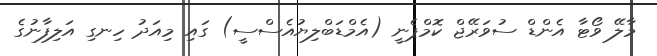
މާލޭ ވޯޓާ އެންޑް ސުވަރޭޖް ކޮމްޕެނީ (އެމްޑަބްލިޔުއެސްސީ) ގައި މިއަދު ހިނގި އަލިފާނުގެ